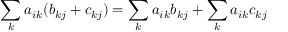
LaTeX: \sum _ { k } a _ { i k } ( b _ { k j } + c _ { k j } ) = \sum _ { k } a _ { i k } b _ { k j } + \sum _ { k } a _ { i k } c _ { k j }